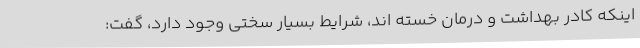
اینکه کادر بهداشت و درمان خسته اند، شرایط بسیار سختی وجود دارد، گفت: